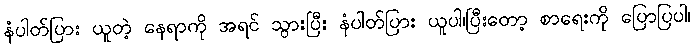
နံပါတ်ပြား ယူတဲ့ နေရာကို အရင် သွားပြီး နံပါတ်ပြား ယူပါ၊ပြီးတော့ စာရေးကို ပြောပြပါ၊